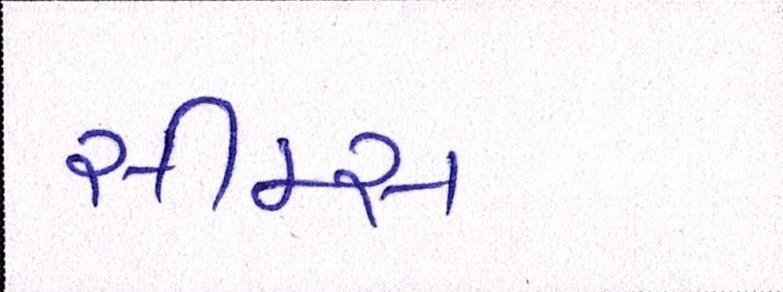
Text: સીમ્સ